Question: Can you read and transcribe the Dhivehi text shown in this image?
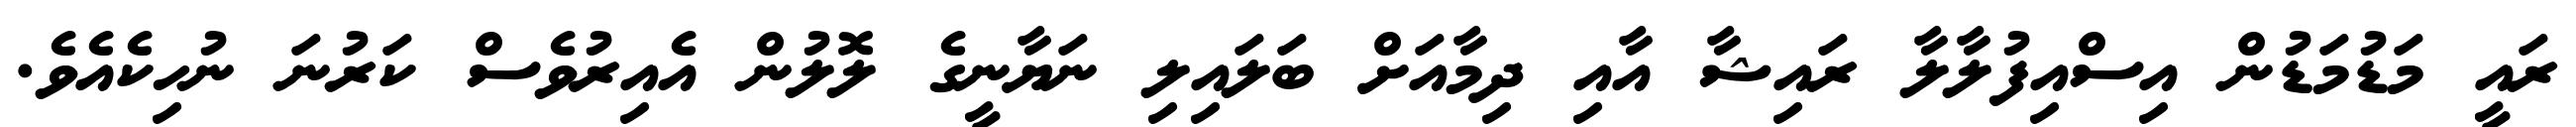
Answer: ރައީ މަޑުމަޑުން އިސްއިފުލާލާ ރައިޝާ އާއި ދިމާއަށް ބަލައިލި ނަޔާނީގެ ލޮލުން އެއިރުވެސް ކަރުނަ ނުހިކެއެވެ.